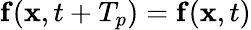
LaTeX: \mathbf{f}(\mathbf{x},t+T_{p})=\mathbf{f}(\mathbf{x},t)